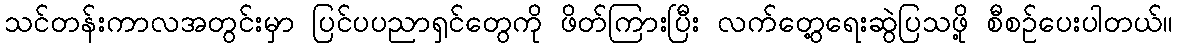
သင်တန်းကာလအတွင်းမှာ ပြင်ပပညာရှင်တွေကို ဖိတ်ကြားပြီး လက်တွေ့ရေးဆွဲပြသဖို့ စီစဉ်ပေးပါတယ်။